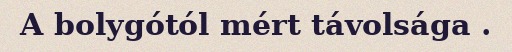
A bolygótól mért távolsága .